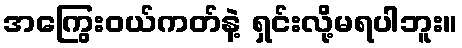
အကြွေးဝယ်ကတ်နဲ့ ရှင်းလို့မရပါဘူး။